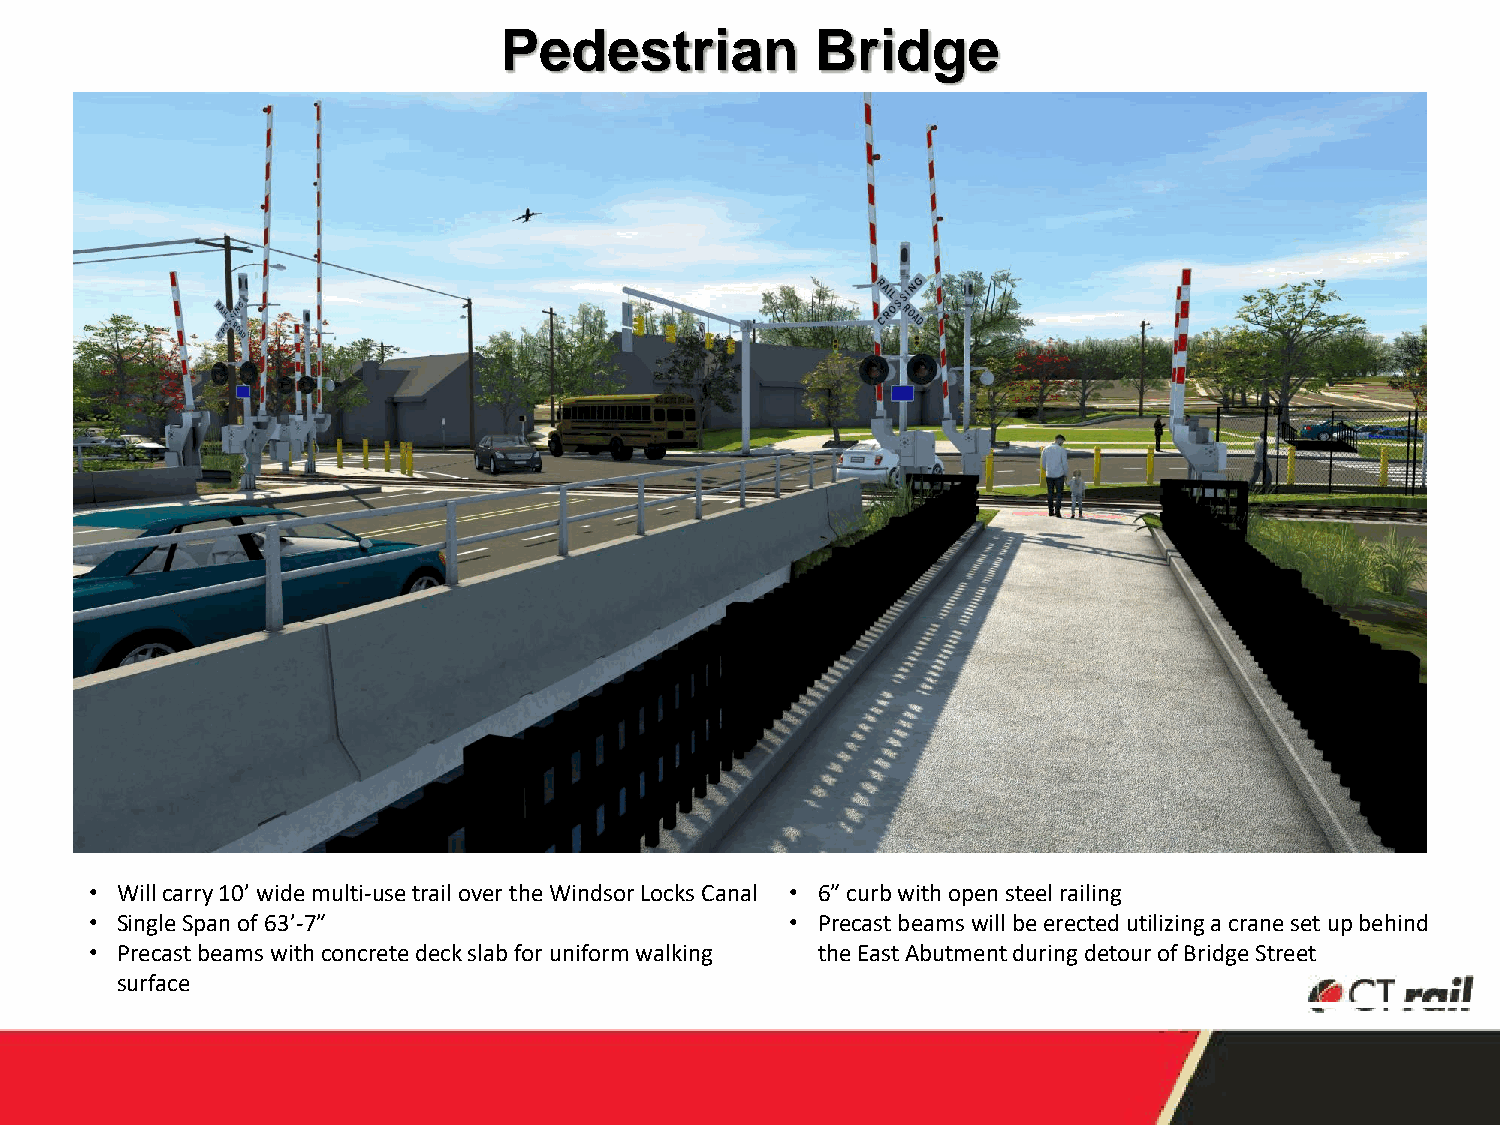
Pedestrian           Bridge
 • Willcarry 10’ wide multi-use trail over the Windsor Locks Canal • 6” curb with open steel railing
 • Single Span of 63’-7”                       • Precast beamswill be erected utilizing a crane set up behind
 • Precast beams with concrete deck slab for uniform walking the East Abutment during detour of Bridge Street
 surface
 18